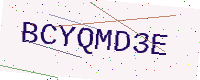
Text: BCYQMD3E